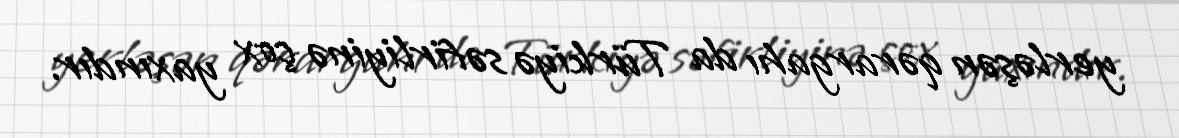
yerləşən qərargahı da Türkiyə səfirliyinə çox yaxındır.